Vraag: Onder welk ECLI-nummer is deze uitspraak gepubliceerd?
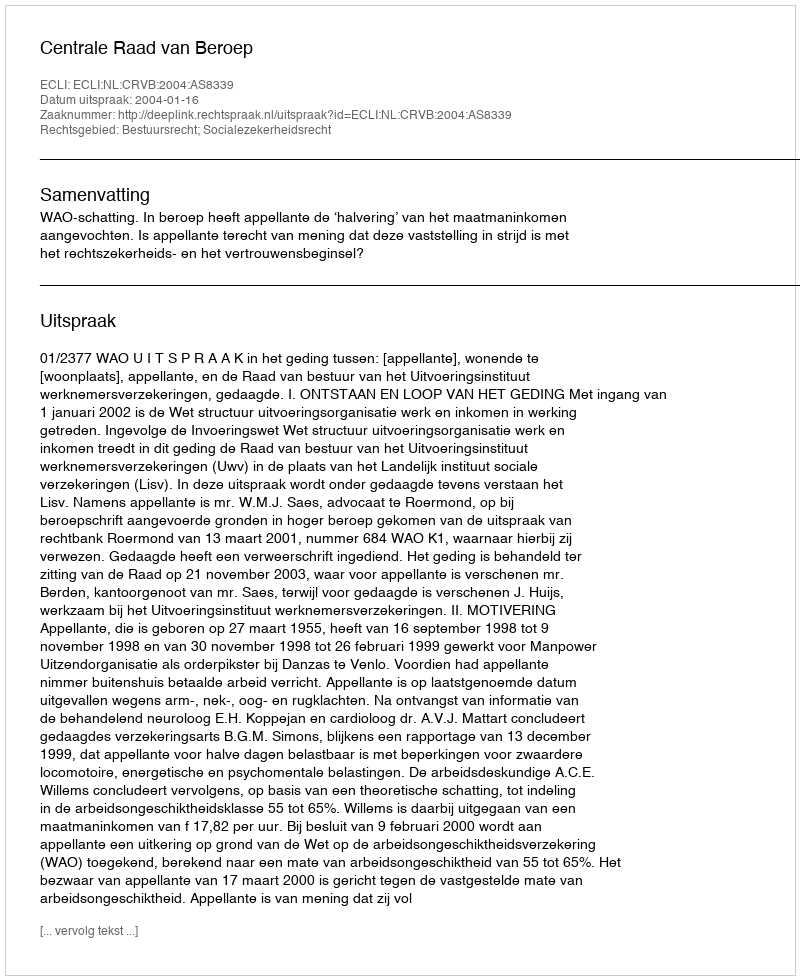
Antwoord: ECLI:NL:CRVB:2004:AS8339